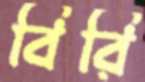
বিরি